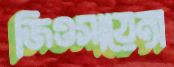
জিওসায়েন্স